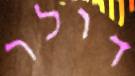
דולר